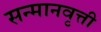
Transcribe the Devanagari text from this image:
सन्मानवृत्ती